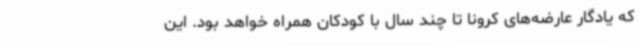
که یادگار عارضه‌های کرونا تا چند سال با کودکان همراه خواهد بود. این